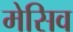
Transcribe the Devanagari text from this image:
मेसिव